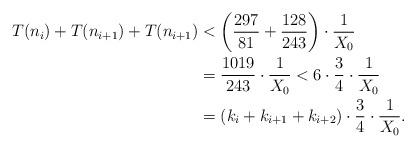
LaTeX: \begin{align*}T(n_i)+T(n_{i+1})+T(n_{i+1})&< \left(\frac{297}{81}+\frac{128}{243}\right) \cdot \frac{1}{X_0}\\&= \frac{1019}{243}\cdot \frac{1}{X_0} < 6 \cdot \frac{3}{4}\cdot \frac{1}{X_0}\\&= (k_i+k_{i+1}+k_{i+2}) \cdot \frac{3}{4}\cdot \frac{1}{X_0}.\end{align*}